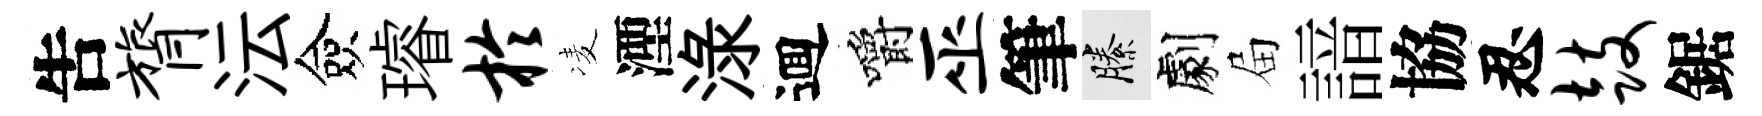
吿膂沄僉璿於凌湮渌逥嚼巫筆縢劇屇諳協忍鼓鋸